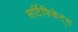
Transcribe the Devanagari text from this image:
सटि॔फिकेट्स